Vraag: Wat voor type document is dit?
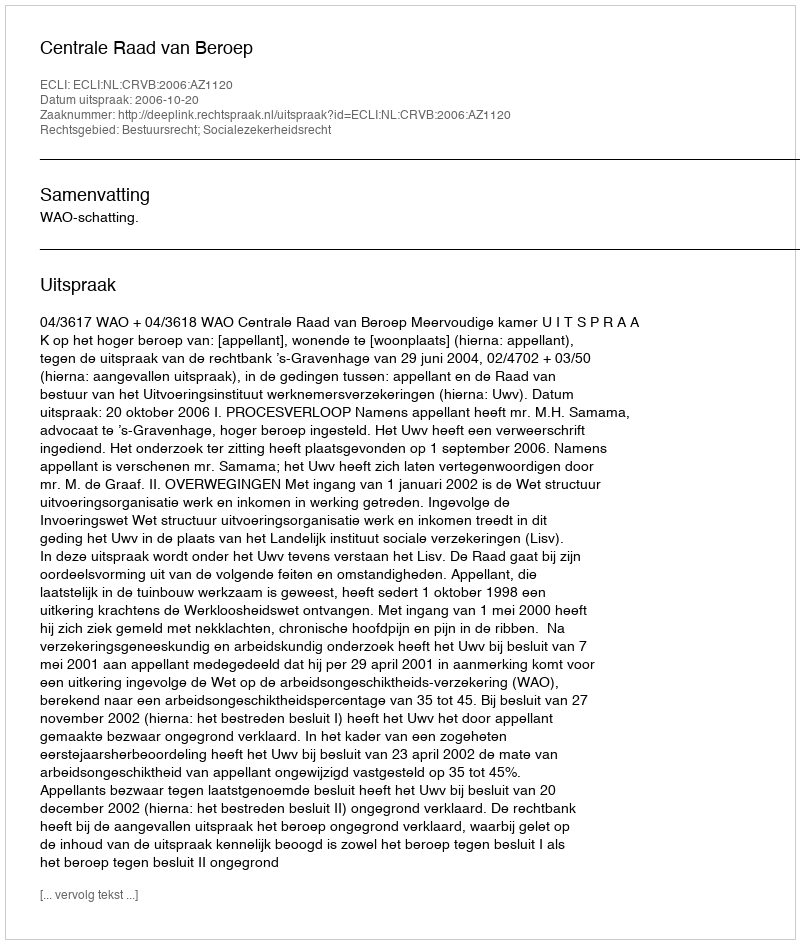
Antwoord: Uitspraak